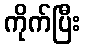
ကိုက်ပြီး